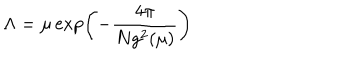
\Lambda = \mu \exp \left( - \frac { 4 \pi } { N g ^ { 2 } ( \mu ) } \right)